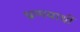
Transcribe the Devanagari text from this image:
प्रणयार्थी